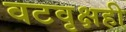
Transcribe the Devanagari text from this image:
वटवृक्षही